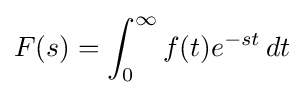
F(s)=\int _{0}^{\infty }f(t)e^{-st}\,dt